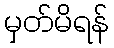
မှတ်မိရန်